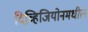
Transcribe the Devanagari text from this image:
दिव्हिजियोनमधील